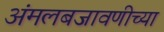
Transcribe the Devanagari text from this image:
अंमलबजावणीच्या